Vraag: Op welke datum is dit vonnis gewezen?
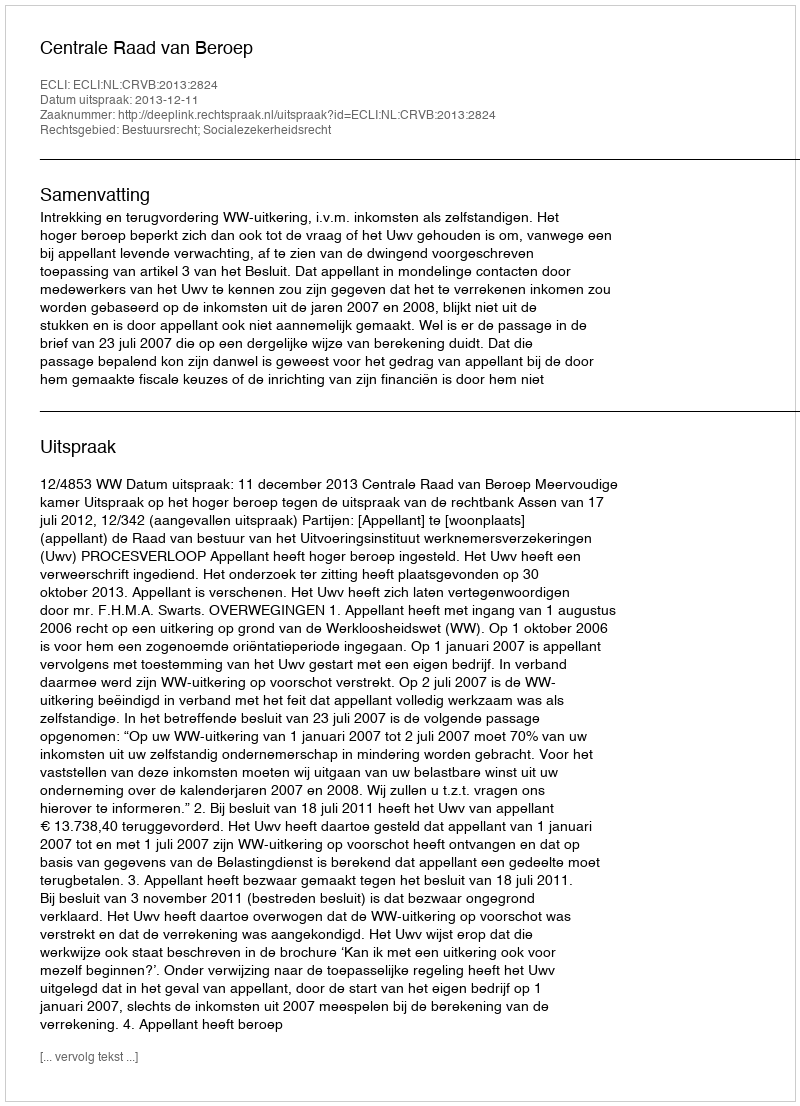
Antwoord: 2013-12-11